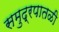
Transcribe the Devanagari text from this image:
समुद्रपातळी